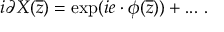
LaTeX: i \partial X ( { \overline { { z } } } ) = \exp ( i e \cdot \phi ( { \overline { { z } } } ) ) + . . . ~ .